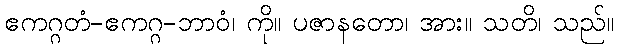
ဧကဂ္ဂတံ-ဧကဂ္ဂ-ဘာဝံ၊ ကို။ ပဇာနတော၊ အား။ သတိ၊ သည်။